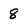
Character: 8